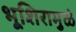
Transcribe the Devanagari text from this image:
भूशिरामुळे